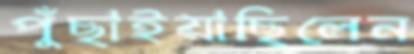
পুঁছাইয়াছিলেন